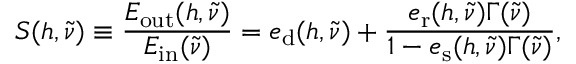
S ( h , \tilde { \nu } ) \equiv \frac { E _ { \mathrm { o u t } } ( h , \tilde { \nu } ) } { E _ { \mathrm { i n } } ( \tilde { \nu } ) } = e _ { \mathrm { d } } ( h , \tilde { \nu } ) + \frac { e _ { \mathrm { r } } ( h , \tilde { \nu } ) \Gamma ( \tilde { \nu } ) } { 1 - e _ { \mathrm { s } } ( h , \tilde { \nu } ) \Gamma ( \tilde { \nu } ) } ,